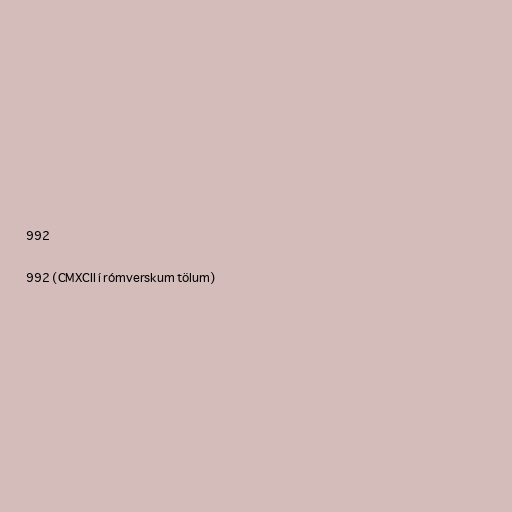
992

992 (CMXCII í rómverskum tölum)